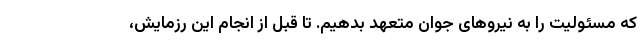
که مسئولیت را به نیروهای جوان متعهد بدهیم. تا قبل از انجام این رزمایش،